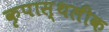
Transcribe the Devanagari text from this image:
कृपास्थलीक